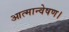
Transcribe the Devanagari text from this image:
आत्मान्वेषण।